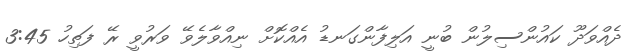
ދެއްވަދޫ ކައުންސިލުން ބުނީ އަލިފާންގަނޑު އެއްކޮށް ނިއްވާލެވޭ ވަރުވީ ރޭ ފަތިހު 3:45